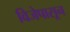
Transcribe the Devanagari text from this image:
विजेपासून